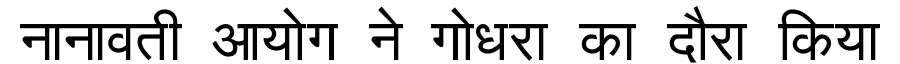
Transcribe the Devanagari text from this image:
नानावती आयोग ने गोधरा का दौरा किया